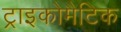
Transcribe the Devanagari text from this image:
ट्राइकोमैटिक